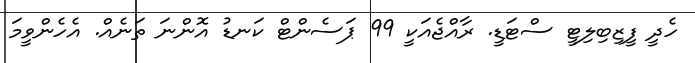
ހެދީ ފީޒިބިލިޓީ ސްޓަޑީ. ރާއްޖެއަކީ 99 ޕަސެންޓް ކަނޑު އޮންނަ ތަނެއް. އެހެންވީމަ